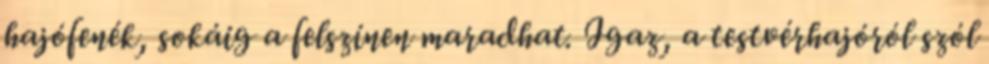
hajófenék, sokáig a felszínen maradhat. Igaz, a testvérhajóról szól